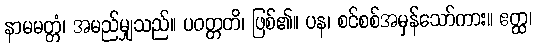
နာမမတ္တံ၊ အမည်မျှသည်။ ပဝတ္တတိ၊ ဖြစ်၏။ ပန၊ စင်စစ်အမှန်သော်ကား။ ဧတ္ထ၊